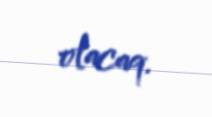
olacaq.